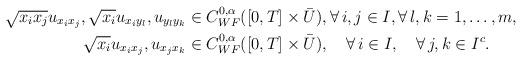
LaTeX: \begin{align*}\sqrt{x_ix_j}u_{x_ix_j}, \sqrt{x_i}u_{x_iy_l}, u_{y_ly_k} &\in C^{0,\alpha}_{WF}([0,T]\times \bar U),\forall\, i,j\in I,\forall\, l,k=1,\ldots,m,\\\sqrt{x_i}u_{x_i x_j}, u_{x_jx_k} &\in C^{0,\alpha}_{WF}([0,T]\times \bar U),\quad\forall\, i \in I, \quad\forall\, j,k \in I^c.\end{align*}